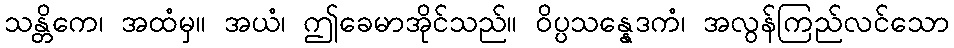
သန္တိကေ၊ အထံမှ။ အယံ၊ ဤခေမာအိုင်သည်။ ဝိပ္ပသန္နေဒကံ၊ အလွန်ကြည်လင်သော